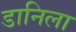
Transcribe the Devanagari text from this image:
डानिला